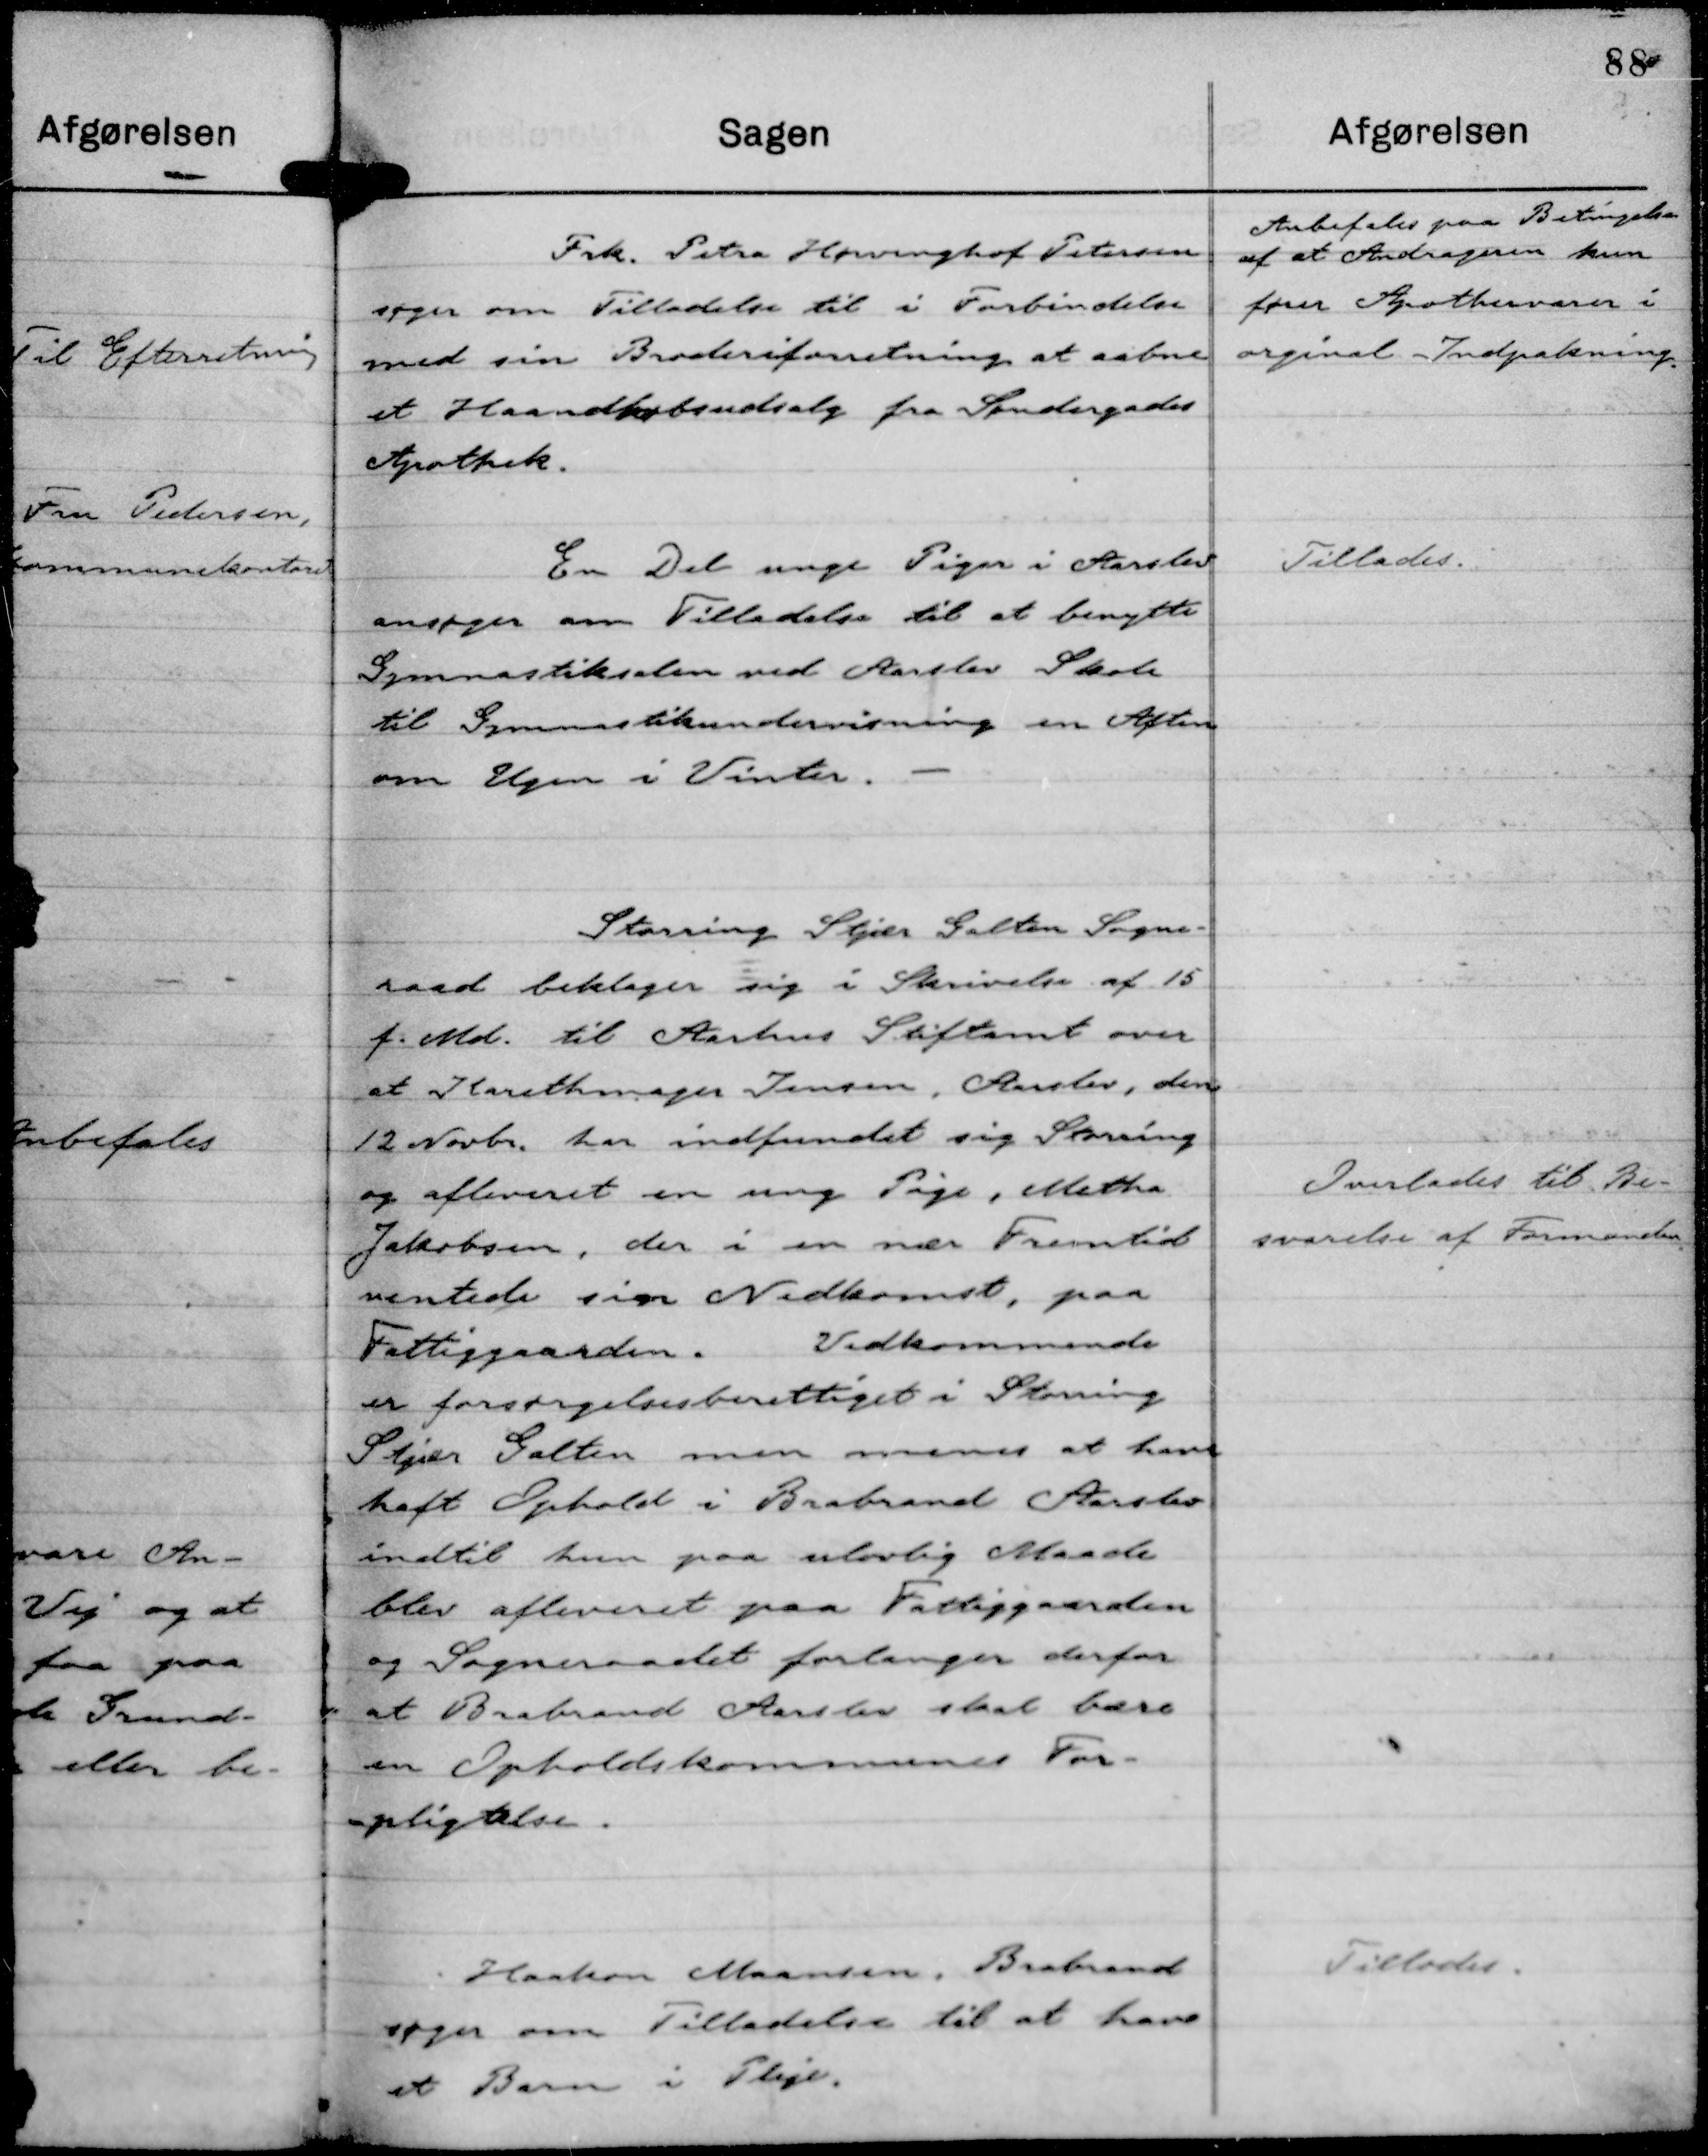
Transskription:
Frk. Petra Hørvinghof Petersen
søger om Tilladelse til i Forbindelse
med sin Broderiforretning at aabne
et Haandkøbsudsalg fra Søndergades
Apothek.

Anbefales paa Betingelse
af at Andrageren kun
fører Apotekervarer i
orginal Indpakning.

En Del unge Piger i Aarslev
ansøger om Tilladelse til at benytte
Gymnastiksalen ved Aarslev Skole
til Gymnastikundervisning en Aften
om Ugen i Vinter.

Tillades.

Storring Stjær Galten Sogne-
raad beklager sig i Skrivelse af 15
f. Md. til Aarhus Stiftamt over
at Karethmager Jensen, Aarslev, den
12 Novbr. har indfundet sig Storring
og afleveret en ung Pige, Metha
Jakobsen, der i en nær Fremtid
ventede sin Nedkomst, paa
Fattiggaarden.
Vedkommende
er forsørgelsesberettiget i Storring
Stjær Galten men menes at have
haft Ophold i Brabrand Aarslev
indtil hun paa ulovlig Maade
blev afleveret paa Fattiggaarden
og Sogneraadet forlanger derfor
at Brabrand Aarslev skal bære
en Opholdskommunes For-
pligtelse.

Overlades til Be-
svarelse af Formanden

Haakon Maansen, Brabrand
søger Tilladelse til at have
et Barn i Pleje.

Tillodes.